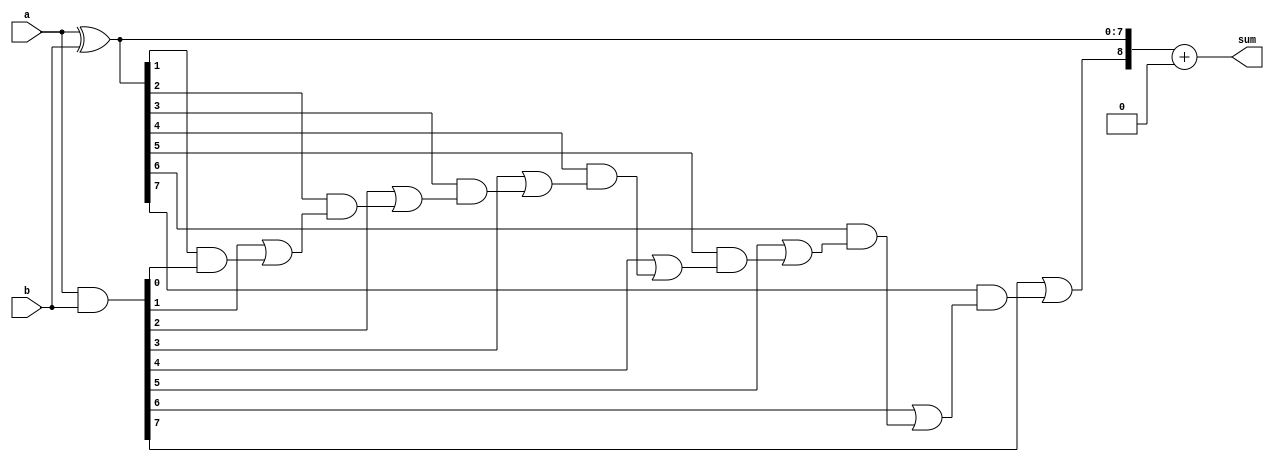
module carry_skip_adder (
  input [7:0] a,
  input [7:0] b,
  output [8:0] sum
);

  wire [7:0] p;
  wire [7:0] g;
  wire [8:0] c;

  // Generate and propagate signals
  assign p = a ^ b;
  assign g = a & b;

  // Carry calculation stages
  assign c[0] = 1'b0;
  assign c[1] = g[0] | (p[0] & c[0]);
  assign c[2] = g[1] | (p[1] & c[1]);
  assign c[3] = g[2] | (p[2] & c[2]);
  assign c[4] = g[3] | (p[3] & c[3]);
  assign c[5] = g[4] | (p[4] & c[4]);
  assign c[6] = g[5] | (p[5] & c[5]);
  assign c[7] = g[6] | (p[6] & c[6]);
  assign c[8] = g[7] | (p[7] & c[7]);

  // Final sum calculation
  assign sum = {c[8], p} + {8{1'b0}};

endmodule